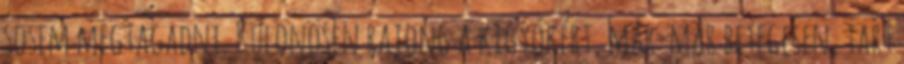
sosem megtagadni. Különösen rajong a kígyókért, már-már betegesen, tart